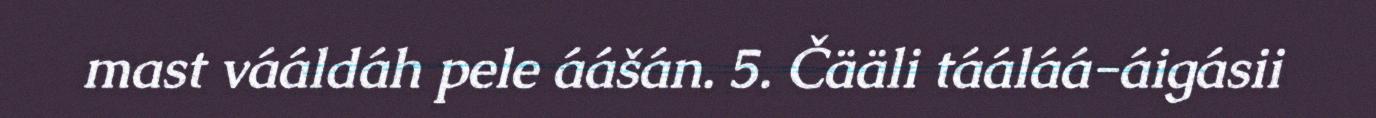
mast vááldáh pele áášán. 5. Čääli tááláá-áigásii